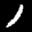
Label: 1